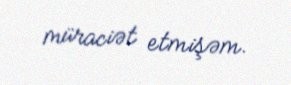
müraciət etmişəm.